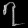
Digit: ၇